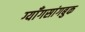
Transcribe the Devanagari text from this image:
ग्याँगसांगबुक